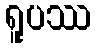
ရူပဿ